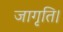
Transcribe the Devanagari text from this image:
जागृति।